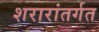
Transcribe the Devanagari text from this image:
शरारांतर्गत